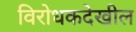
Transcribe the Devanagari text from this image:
विरोधकदेखील